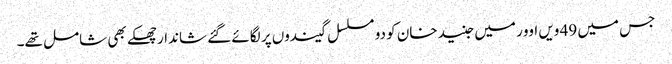
جس میں 49 ویں اوور میں جنید خان کو دو مسلسل گیندوں پر لگائے گئے شاندار چھکے بھی شامل تھے۔